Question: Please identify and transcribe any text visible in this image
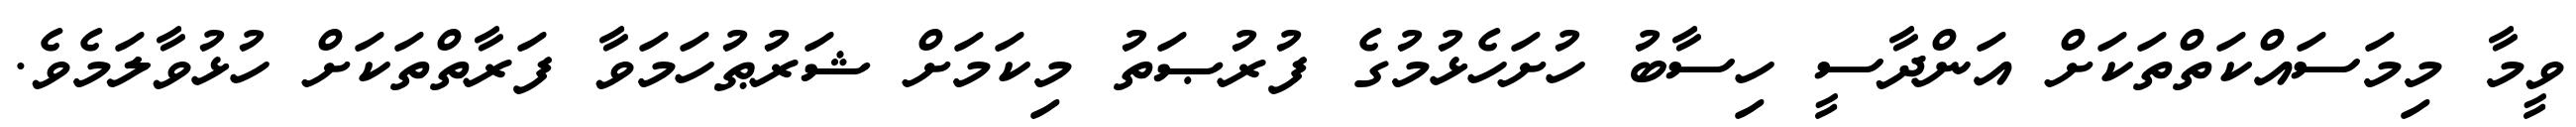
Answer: ވީމާ މިމަސައްކަތްތަކަށް އަންދާސީ ހިސާބު ހުށަހެޅުމުގެ ފުރުޞަތު މިކަމަށް ޝަރުޠުހަމަވާ ފަރާތްތަކަށް ހުޅުވާލަމެވެ.